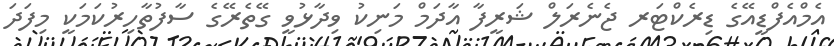
އެމްއެފްޑީއޭގެ ޑިރެކްޓަރ ޖެނެރަލް ޝަރީފާ އާދަމް މަނިކު ވިދާޅުވީ ގޭތެރޭގެ ސާފުތާހިރުކަމަކީ މިފަދަ